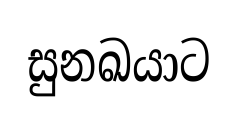
සුනඛයාට